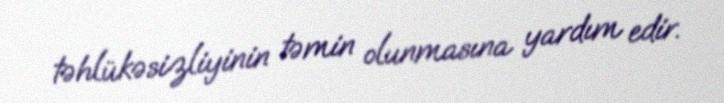
təhlükəsizliyinin təmin olunmasına yardım edir.